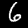
Digit: 6